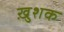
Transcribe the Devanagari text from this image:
ख़ुशक